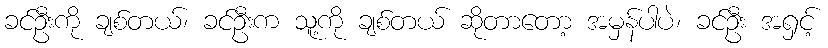
ခင်ဦးကို ချစ်တယ်၊ ခင်ဦးက သူ့ကို ချစ်တယ် ဆိုတာတော့ အမှန်ပါပဲ၊ ခင်ဦး အရှင့်